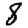
Digit: 8